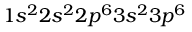
1 s ^ { 2 } 2 s ^ { 2 } 2 p ^ { 6 } 3 s ^ { 2 } 3 p ^ { 6 }